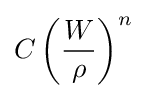
C\left({\frac {W}{\rho }}\right)^{n}